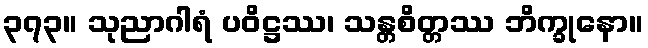
၃၇၃။ သုညာဂါရံ ပဝိဋ္ဌဿ၊ သန္တစိတ္တဿ ဘိက္ခုနော။